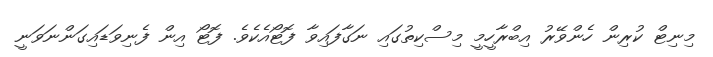
މިނިޓް ކުރިން ހެންވޭރު އިބްރާހީމީ މިސްކިތުގައި ނަގާފައިވާ ފޮޓޯއެކެވެ. ފޮޓޯ އިން ފެނިވަޑައިގަންނަވަނީ